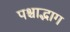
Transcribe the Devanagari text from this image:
पश्चाद्भाग